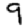
Digit: 9